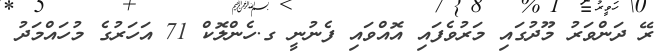
ރޭ ދަންވަރު މޫދުގައި މަރުވެފައި އޮއްވައި ފެނުނީ ގ.ހެންލޮކް 71 އަހަރުގެ މުހައްމަދު